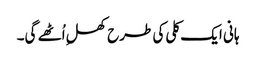
ہانی ایک کلی کی طرح کھلِ اُٹھے گی۔